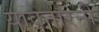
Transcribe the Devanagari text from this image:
यावनारनी